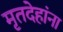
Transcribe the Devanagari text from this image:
मृतदेहांना